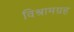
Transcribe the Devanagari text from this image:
विश्रामग्रह